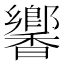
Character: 𬳧